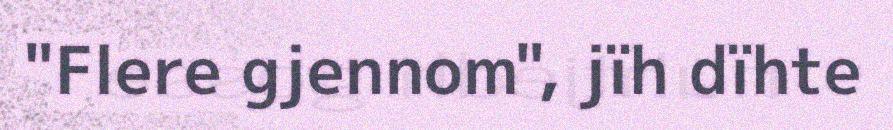
"Flere gjennom", jïh dïhte